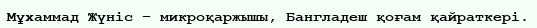
Мұхаммад Жүніс – микроқаржышы, Бангладеш қоғам қайраткері.